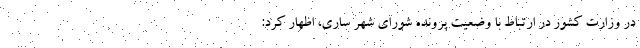
در وزارت کشور در ارتباط با وضعیت پرونده شورای شهر ساری، اظهار کرد: